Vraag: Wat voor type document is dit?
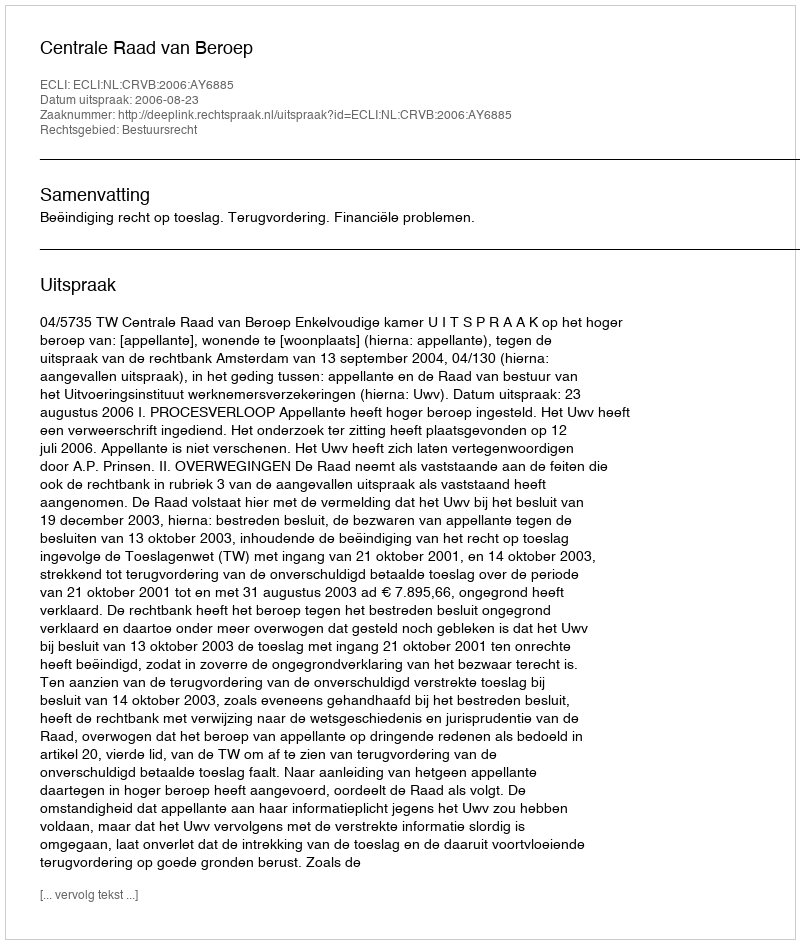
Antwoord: Uitspraak